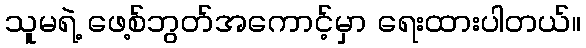
သူမရဲ့ ဖေ့စ်ဘွတ်အကောင့်မှာ ရေးထားပါတယ်။